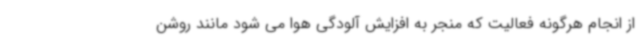
از انجام هرگونه فعالیت که منجر به افزایش آلودگی هوا می شود مانند روشن